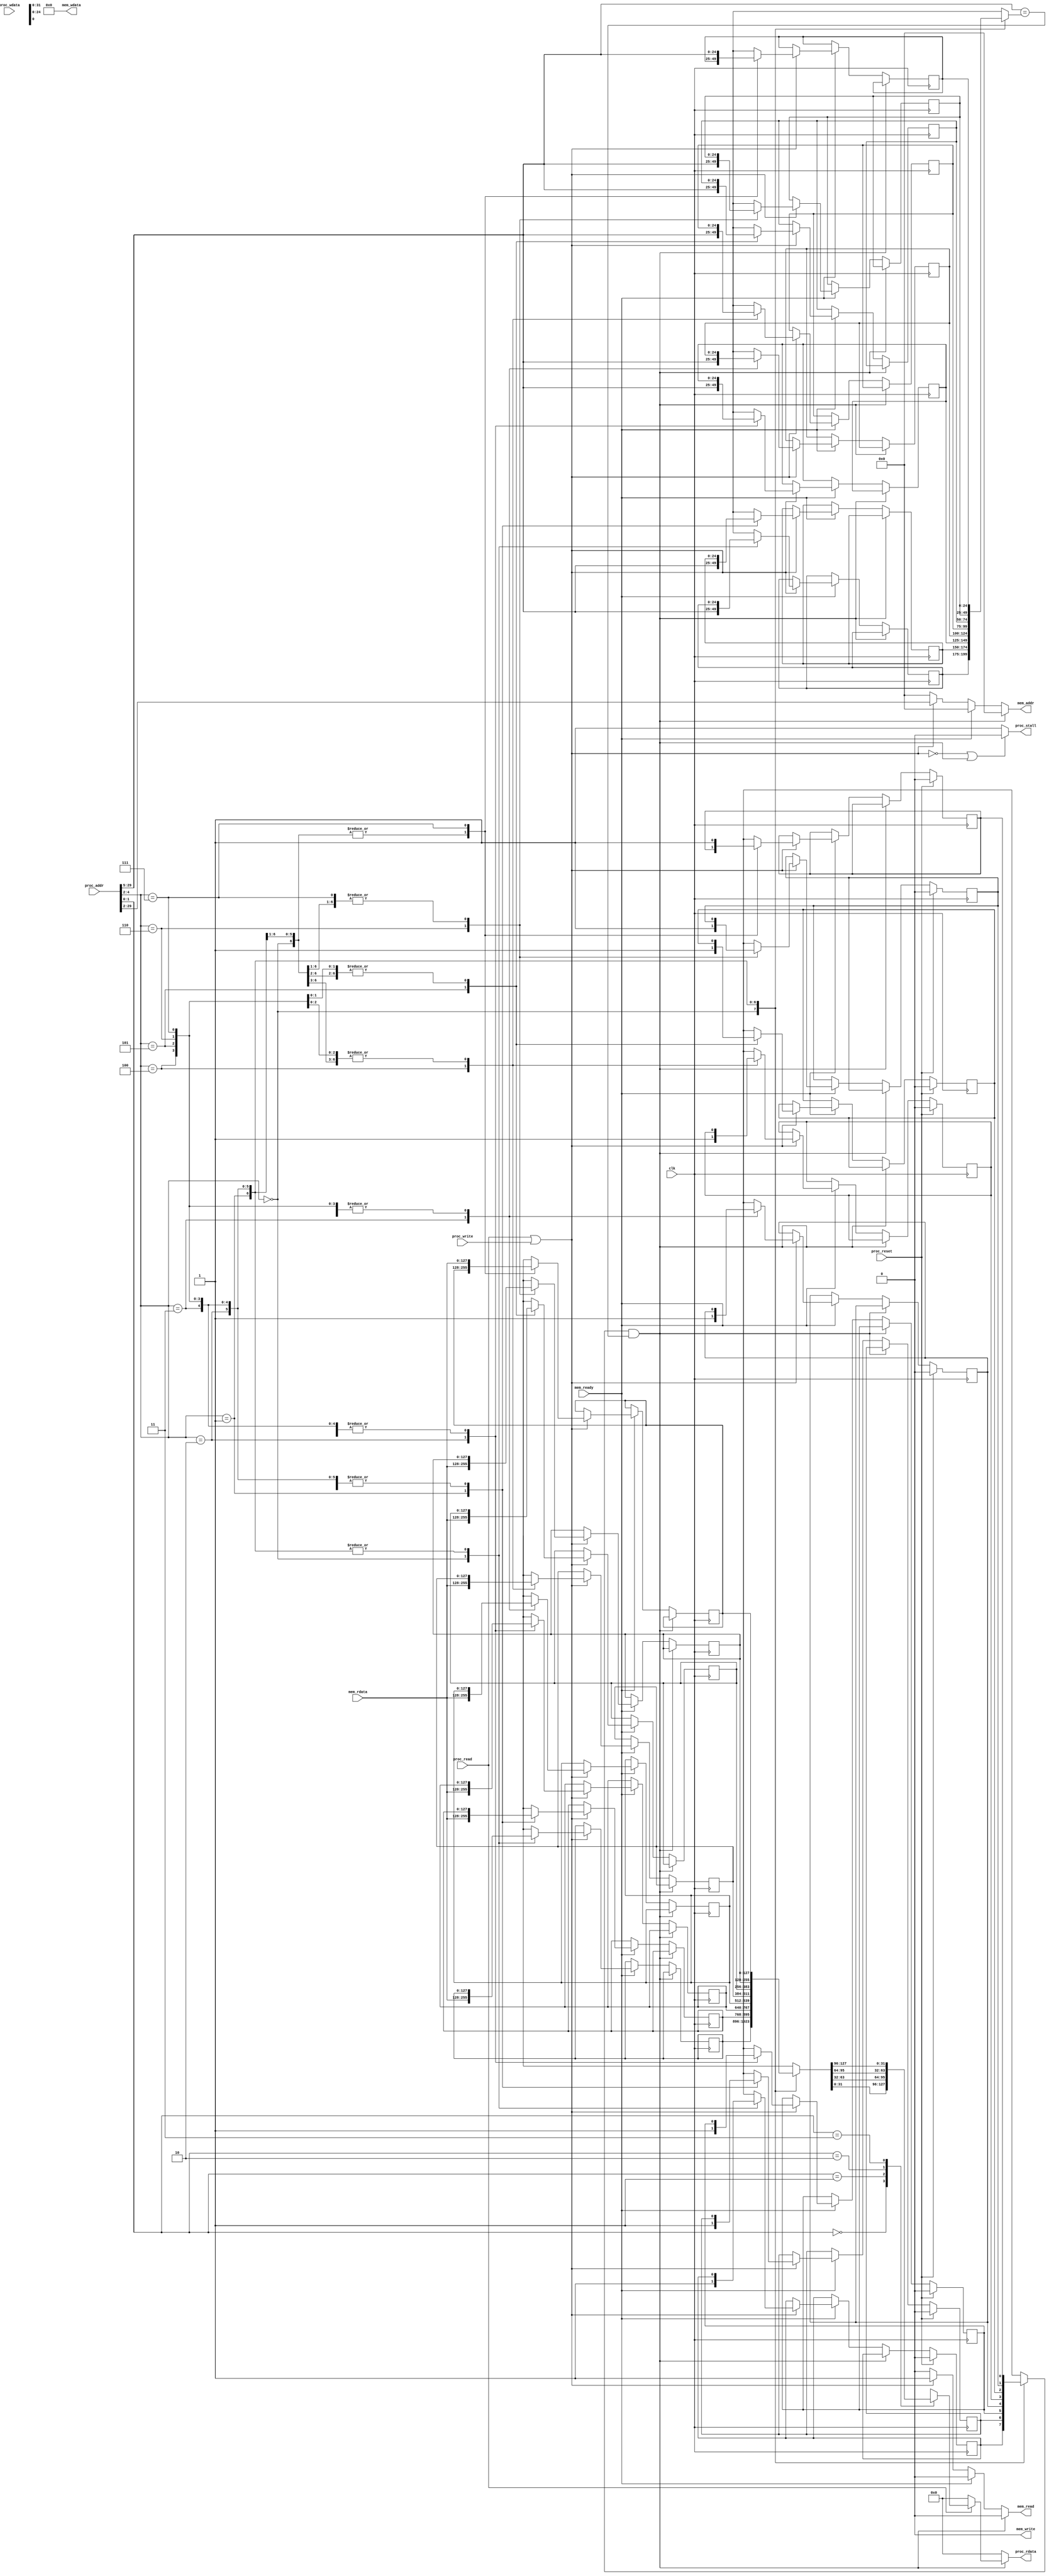
module I_cache(
    clk,
    proc_reset,
    proc_read,
    proc_write,
    proc_addr,
    proc_rdata,
    proc_wdata,
    proc_stall,
    mem_read,
    mem_write,
    mem_addr,
    mem_rdata,
    mem_wdata,
    mem_ready
);
    
//==== input/output definition ============================
    input          clk;
    // processor interface
    input          proc_reset;
    input          proc_read, proc_write;
    input   [29:0] proc_addr;
    input   [31:0] proc_wdata;
    output         proc_stall;
    output  [31:0] proc_rdata;
    // memory interface
    input  [127:0] mem_rdata;
    input          mem_ready;
    output         mem_read, mem_write;
    output  [27:0] mem_addr;
    output [127:0] mem_wdata;
    
//==== wire/reg definition ================================
    // internal
    reg         valid     [0:7];
    reg         valid_nxt [0:7];
    // reg         dirty     [0:7];
    // reg         dirty_nxt [0:7];
    reg [24:0]  tag       [0:7];
    reg [24:0]  tag_nxt   [0:7];
    reg [127:0] data      [0:7];
    reg [127:0] data_nxt  [0:7];
    reg hit;
    // output
    reg proc_stall_c;
    reg [31:0] proc_rdata_c;
    reg mem_read_c;
    // reg mem_write_c;
    reg [27:0] mem_addr_c;
    // reg [127:0] mem_wdata_c;
    reg test;

    wire askToDo;
    assign askToDo = proc_read || proc_write;
    
    integer i;

//==== combinational circuit ==============================
    //assign
    assign proc_stall = proc_stall_c;
    assign proc_rdata = proc_rdata_c;
    assign mem_read = mem_read_c;
    assign mem_write = 0;
    assign mem_addr = mem_addr_c;
    assign mem_wdata = 0;
    
    always @(*) begin
        hit = ( valid[proc_addr[4:2]] && ( proc_addr[29:5] == tag[proc_addr[4:2]] ) );
        //revise
        if((~askToDo) || hit) begin
            proc_stall_c = 0;
        end 
        else begin
            proc_stall_c = 1;
        end   
    end

    always @(*) begin //output

        for(i=0;i<8;i=i+1) begin
            valid_nxt[i] = valid[i];
            // dirty_nxt[i] = dirty[i];
            tag_nxt[i]   = tag[i];
            data_nxt[i]  = data[i];
        end
        proc_rdata_c = 0;
        mem_read_c = 0;
        // mem_write_c = 0;
        mem_addr_c = 0;
        // mem_wdata_c = 0;

        if(hit) begin
            if(proc_read) begin
                case (proc_addr[1:0])
                    2'd0: proc_rdata_c = data[proc_addr[4:2]][31:0];
                    2'd1: proc_rdata_c = data[proc_addr[4:2]][63:32];
                    2'd2: proc_rdata_c = data[proc_addr[4:2]][95:64];
                    2'd3: proc_rdata_c = data[proc_addr[4:2]][127:96];
                    default: proc_rdata_c = 32'd0;
                endcase
                mem_read_c = 0;
                // mem_write_c = 0;
            end
            // if(proc_write) begin
            //     case (proc_addr[1:0])
            //         2'd0: data_nxt[proc_addr[4:2]] = {data[proc_addr[4:2]][127:32], proc_wdata};
            //         2'd1: data_nxt[proc_addr[4:2]] = {data[proc_addr[4:2]][127:64], proc_wdata, data[proc_addr[4:2]][31:0]};
            //         2'd2: data_nxt[proc_addr[4:2]] = {data[proc_addr[4:2]][127:96], proc_wdata, data[proc_addr[4:2]][63:0]};
            //         2'd3: data_nxt[proc_addr[4:2]] = {proc_wdata, data[proc_addr[4:2]][95:0]};
            //         default: data_nxt[proc_addr[4:2]] = data[proc_addr[4:2]];
            //     endcase
            //     // dirty_nxt[proc_addr[4:2]] = 1;
            // end
        end
        else begin //miss
            if(mem_ready) begin
                if(askToDo) begin
                    // if(dirty[proc_addr[4:2]]) begin
                    //     mem_read_c = 0;
                    //     mem_write_c = 0;
                    //     dirty_nxt[proc_addr[4:2]] = 0;
                    // end
                    begin
                        mem_read_c = 0;
                        // mem_write_c = 0;
                        valid_nxt[proc_addr[4:2]] = 1;
                        // dirty_nxt[proc_addr[4:2]] = 0;
                        tag_nxt[proc_addr[4:2]] = proc_addr[29:5];
                        data_nxt[proc_addr[4:2]] = mem_rdata;
                    end
                end
            end
            else begin
                if(askToDo) begin
                    // if(dirty[proc_addr[4:2]]) begin
                    //     proc_rdata_c = 0;
                    //     mem_read_c = 0;
                    //     // mem_write_c = 1;
                    //     mem_addr_c = {tag[proc_addr[4:2]], proc_addr[4:2]};
                    //     // mem_wdata_c = data[proc_addr[4:2]];
                    // end
                    begin
                        mem_read_c = 1;
                        // mem_write_c = 0;
                        mem_addr_c = proc_addr[29:2];
                    end
                end
            end
        end       
    end

    

//==== sequential circuit =================================
    always@( posedge clk ) begin
        if( proc_reset ) begin
            for(i=0;i<8;i=i+1) begin
                valid[i] <= 0;
                // dirty[i] <= 0; 
            end
        end
        else begin
            for(i=0;i<8;i=i+1) begin
                valid[i] <= valid_nxt[i];
                // dirty[i] <= dirty_nxt[i];
            end
        end
    end

    always @( posedge clk ) begin
        for(i=0;i<8;i=i+1) begin
            tag[i] <= tag_nxt[i];
            data[i] <= data_nxt[i];
        end
    end

endmodule